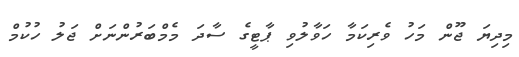
މިދިޔަ ޖޫން މަހު ވެރިކަމާ ހަވާލުވި ޕާޓީގެ ސާދަ މެމްބަރުންނަށް ޖަލު ހުކުމް